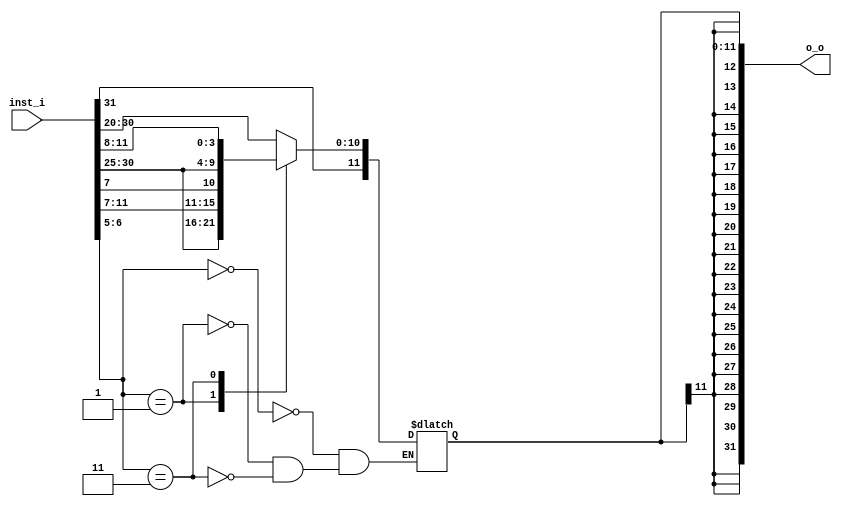
module ImmGen (inst_i, o_o);

input [31:0] inst_i;
output [31:0] o_o;

reg [11:0] r_imm;

always @ (inst_i) begin
	case (inst_i[6:5])
		2'b00: r_imm = {inst_i[31:20]}; // lw
		2'b01: r_imm = {inst_i[31:25], inst_i[11:7]}; // sw
		2'b11: r_imm = {inst_i[31], inst_i[7], inst_i[30:25], inst_i[11:8]}; // beq
	endcase
end

assign o_o = {{ 20{r_imm[11]}}, r_imm[11:0] };

endmodule